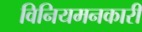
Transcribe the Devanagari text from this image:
विनियमनकारी